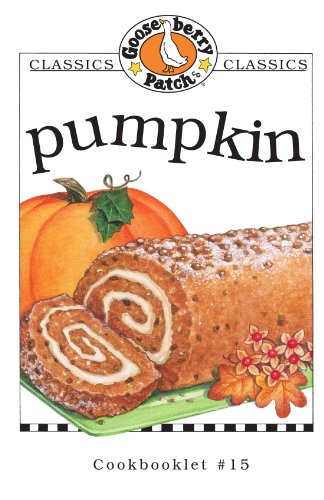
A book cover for Pumpkin Cookbook; Gooseberry Patch; Cookbooks, Food & Wine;